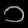
Digit: ၁